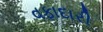
વફાદારી